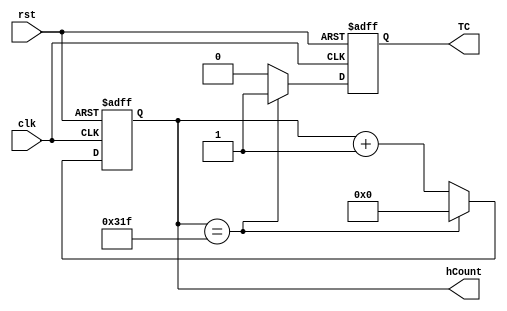
`timescale 1ns / 1ps
//////////////////////////////////////////////////////////////////////////////////
// Company: 
// Engineer: 
// 
// Design Name: 
// Module Name: Hor_Count
// Project Name: 
// Target Devices: 
// Tool Versions: 
// Description: 
// 
// Dependencies: 
// 
// Revision:
// Revision 0.01 - File Created
// Additional Comments:
// 
//////////////////////////////////////////////////////////////////////////////////


module Hor_Count(
input clk,
input rst,
output reg TC,
output reg [9:0]hCount
    );
    

always@(posedge clk, posedge rst)
    if (rst == 1'b1)
    begin
        hCount = 0;
        TC = 1'b0;
    end
    
    else if (hCount == 799)
    begin
        hCount = 0;
        TC = 1'b1;
    end
    
    else
    begin
        hCount = hCount + 1;
        TC = 1'b0;
    end
    
    
endmodule